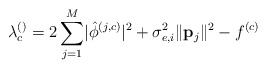
\begin{align*} \lambda_c^{\left(\right)}=2\sum_{j=1}^{M}\lvert\hat{\phi}^{\left(j,c\right)}\rvert^2+\sigma_{e,i}^2\lVert\mathbf{p}_j\rVert^2-f^{\left(c\right)} \end{align*}